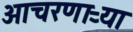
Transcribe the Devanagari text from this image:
आचरणाऱ्या